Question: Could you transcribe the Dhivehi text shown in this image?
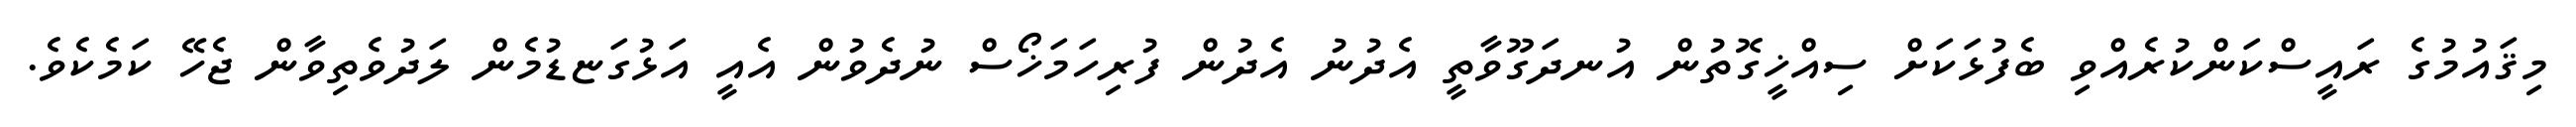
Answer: މިޤައުމުގެ ރައީސްކަންކުރެއްވި ބެފުޅަކަށް ސިއްޚީގޮތުން އުނދަގޫވާތީ އެދުނު އެދުން ފުރިހަމަޚޯސް ނުދެވުން އެއީ އަޅުގަޏޑުމެން ލަދުވެތިވާން ޖެހޭ ކަމެކެވެ.